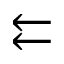
\leftleftarrows